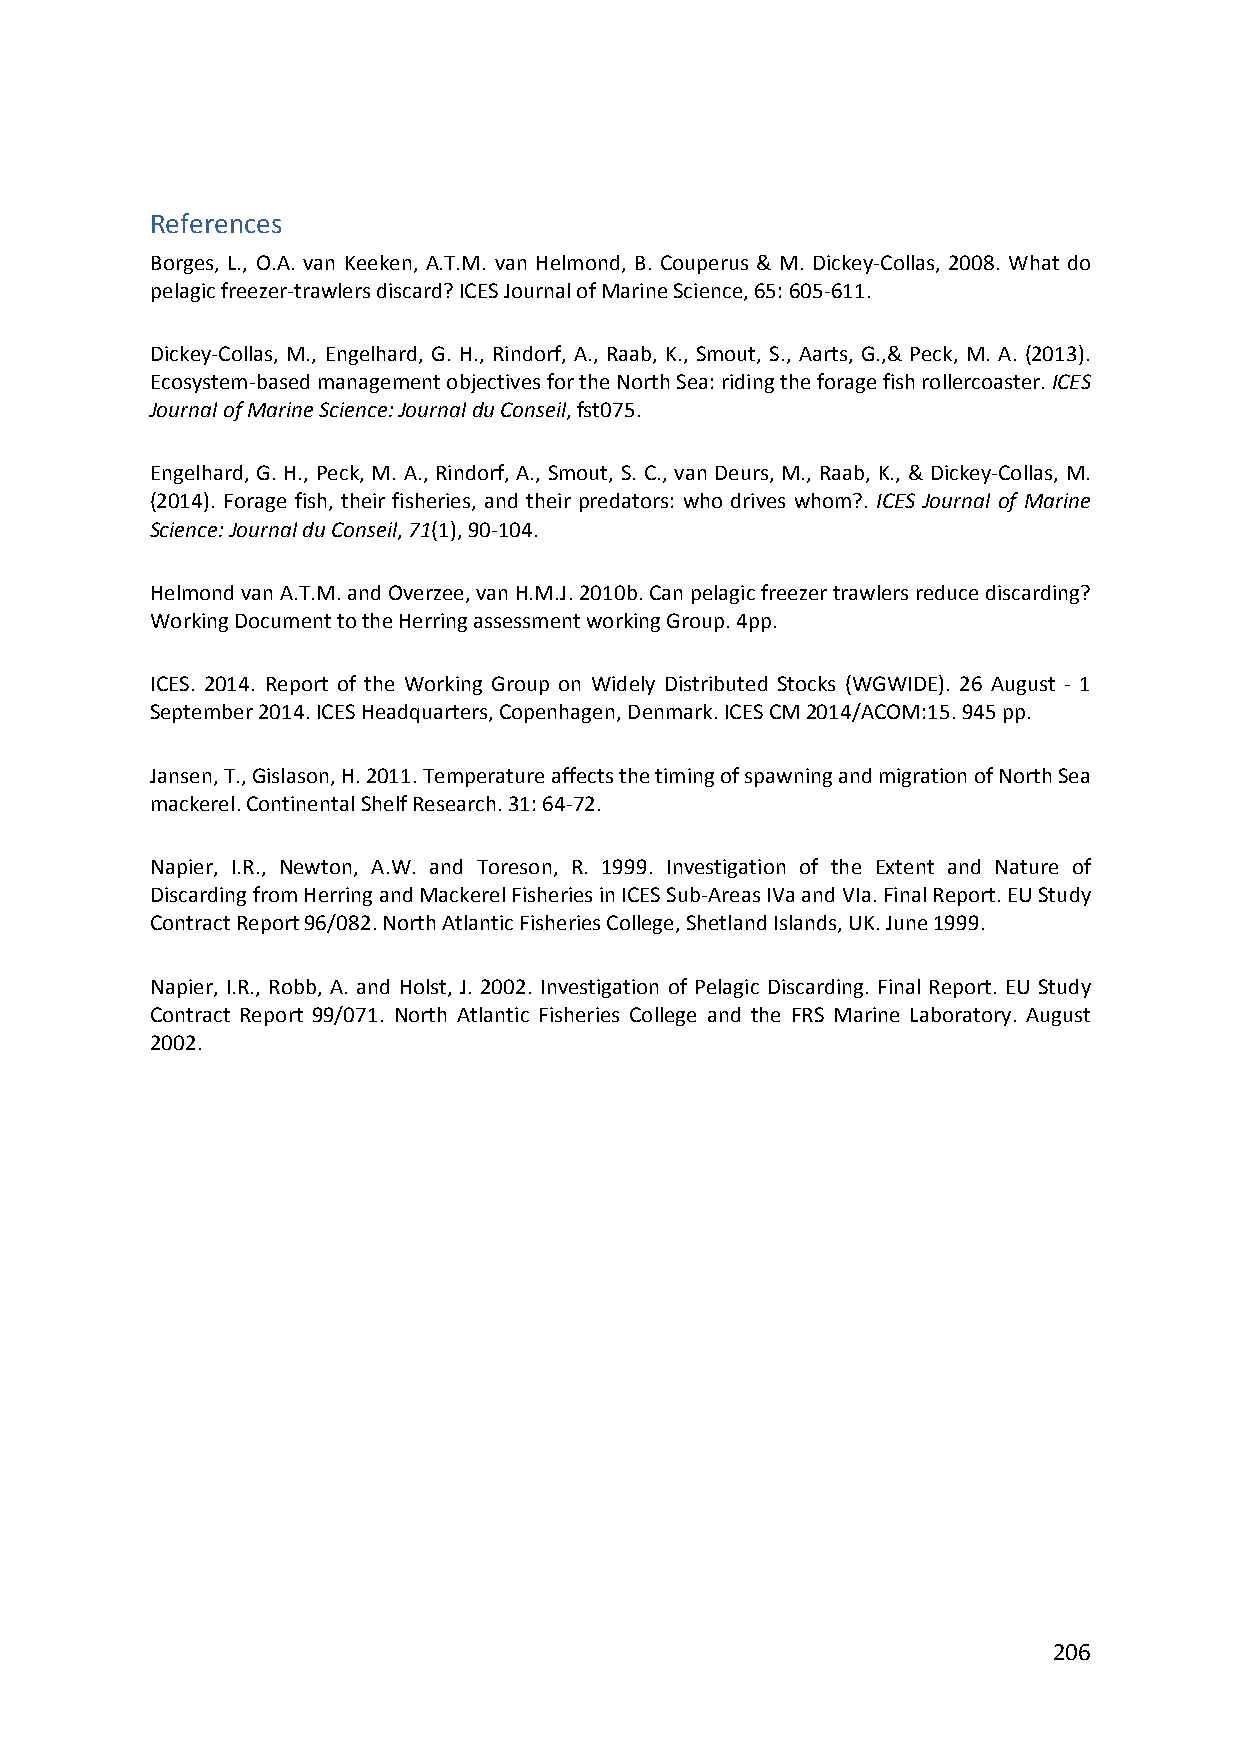
References
 Borges, L., O.A. van Keeken, A.T.M. van Helmond, B. Couperus & M. Dickey‐Collas, 2008. What do
 pelagic freezer‐trawlers discard? ICES Journal of Marine Science, 65: 605‐611.
 Dickey‐Collas, M., Engelhard, G. H., Rindorf, A., Raab, K., Smout, S., Aarts, G.,& Peck, M. A. (2013).
 Ecosystem‐based management objectives for the North Sea: riding the forage fish rollercoaster. ICES
 Journal of Marine Science: Journal du Conseil, fst075.
 Engelhard, G. H., Peck, M. A., Rindorf, A., Smout, S. C., van Deurs, M., Raab, K., & Dickey‐Collas, M.
 (2014). Forage fish, their fisheries, and their predators: who drives whom?. ICES Journal of Marine
 Science: Journal du Conseil, 71(1), 90‐104.
 Helmond van A.T.M. and Overzee, van H.M.J. 2010b. Can pelagic freezer trawlers reduce discarding?
 Working Document to the Herring assessment working Group. 4pp.
 ICES. 2014. Report of the Working Group on Widely Distributed Stocks (WGWIDE). 26 August ‐ 1
 September 2014. ICES Headquarters, Copenhagen, Denmark. ICES CM 2014/ACOM:15. 945 pp.
 Jansen, T., Gislason, H. 2011. Temperature affects the timing of spawning and migration of North Sea
 mackerel. Continental Shelf Research. 31: 64‐72.
 Napier, I.R., Newton, A.W. and Toreson, R. 1999. Investigation of the Extent and Nature of
 Discarding from Herring and Mackerel Fisheries in ICES Sub‐Areas IVa and VIa. Final Report. EU Study
 Contract Report 96/082. North Atlantic Fisheries College, Shetland Islands, UK. June 1999.
 Napier, I.R., Robb, A. and Holst, J. 2002. Investigation of Pelagic Discarding. Final Report. EU Study
 Contract Report 99/071. North Atlantic Fisheries College and the FRS Marine Laboratory. August
 2002.
 206